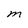
Character: M